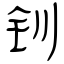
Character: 钏